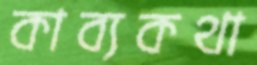
কাব্যকথা